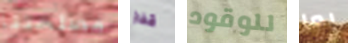
مصلحتنا قفاز للوقود بما